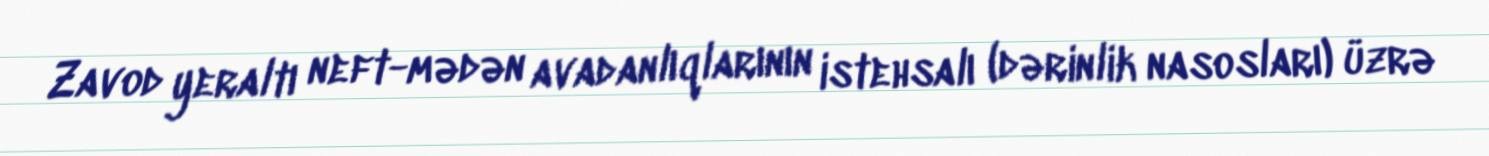
Zavod yeraltı neft-mədən avadanlıqlarının istehsalı (dərinlik nasosları) üzrə